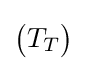
{\begin{pmatrix}T_{T}\end{pmatrix}}